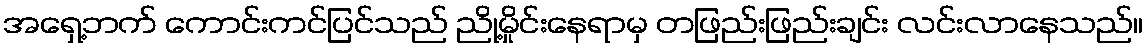
အရှေ့ဘက် ကောင်းကင်ပြင်သည် ညို့မှိုင်းနေရာမှ တဖြည်းဖြည်းချင်း လင်းလာနေသည်။